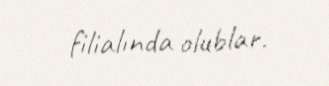
filialında olublar.